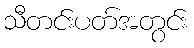
သီတင်းပတ်အတွင်း